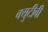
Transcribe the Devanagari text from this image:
क्युटीवी